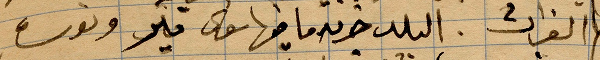
الفرات. البلد خدمة ما فيها سوى ....